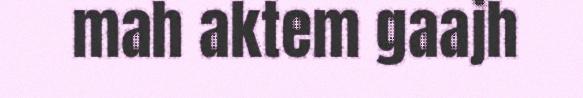
mah aktem gaajh